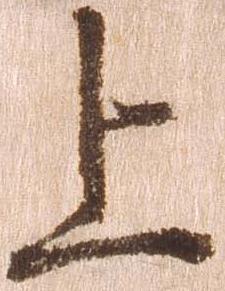
上